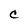
Character: C